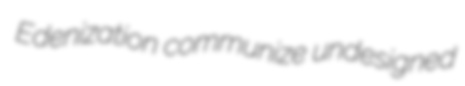
Edenization communize undesigned